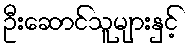
ဦးဆောင်သူများနှင့်